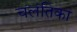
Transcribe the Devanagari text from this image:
चलंतिका